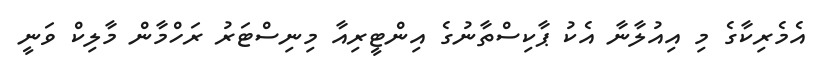
އެމެރިކާގެ މި އިއުލާނާ އެކު ޕާކިސްތާނުގެ އިންޓީރިއާ މިނިސްޓަރު ރަހްމާން މާލިކް ވަނީ